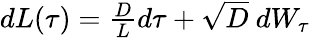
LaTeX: \begin{array}{r}{dL(\tau)=\frac{D}{L}d\tau+\sqrt{D}\ dW_{\tau}}\end{array}